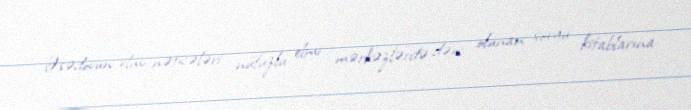
Əsədovun elmi nəticələri nüfuzlu elmi mərkəzlərdə dərc olunan sorgu kitablarına